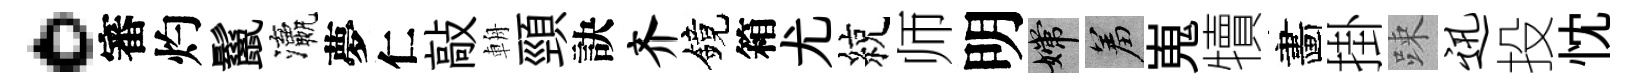
。審灼鬣瀛夢仁敲輈頸訣齐鏡箱尤綂师明嫦羞嵬犢畵掛踈迅投忱